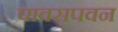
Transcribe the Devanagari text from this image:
पावसपवन